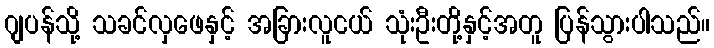
ဂျပန်သို့ သခင်လှဖေနှင့် အခြားလူငယ် သုံးဦးတို့နှင့်အတူ ပြန်သွားပါသည်။